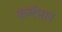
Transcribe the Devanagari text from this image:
कर्मभार